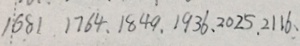
1 6 8 1 . 1 7 6 4 . 1 8 4 9 . 1 9 3 6 . 2 0 2 5 . 2 1 1 6 .